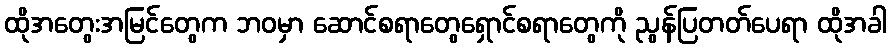
ထိုအတွေးအမြင်တွေက ဘဝမှာ ဆောင်စရာတွေရှောင်စရာတွေကို ညွန်ပြတတ်ပေရာ ထိုအခါ